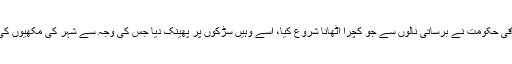
مراد علی شاہ نے کہا کہ وفاقی حکومت نے برساتی نالوں سے جو کچرا اٹھانا شروع کیا، اسے وہیں سڑکوں پر پھینک دیا جس کی وجہ سے شہر کی مکھیوں کی افزائش نسل میں اضافہ ہوا۔